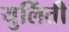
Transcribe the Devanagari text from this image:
युलिंती